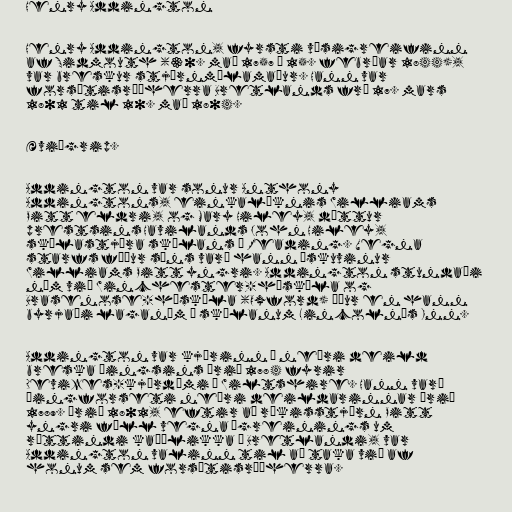
Henry Addington

Henry Addington, fyrsti vísigreifinn
af Sidmouth (30. maí 1757 – 15. febrúar 1844),
var breskur stjórnmálamaður. Hann var
forsætisráðherra Bretlands frá 17. mars
1801 til 10. maí 1804.

Æviágrip.

Addington var sonur Anthony
Addingtons, einkalæknis Williams
Pitt eldri, og Mary Hiley, dóttur
prestsins Havilands John Hiley,
skólastjóra skólans í Reading. Vegna
starfs föður síns varð hann æskuvinur
Williams Pitt yngri. Addington stundaði
nám við Winchester-háskóla og
Brasenose-háskóla (Oxford) áður en hann
byrjaði laganám í skólanum Lincoln's Inn.

Addington var kjörinn á neðri deild
breska þingsins árið 1784 fyrir
Devizes-kjördæmi í Wiltshire. Hann varð
þingforseti neðri deildarinnar árið
1789. Árið 1801, eftir að ríkisstjórn Pitt
yngri féll vegna ágreinings um
réttindi kaþólikka á Bretlandi, var
Addington valinn til að taka við af
honum sem forsætisráðherra.